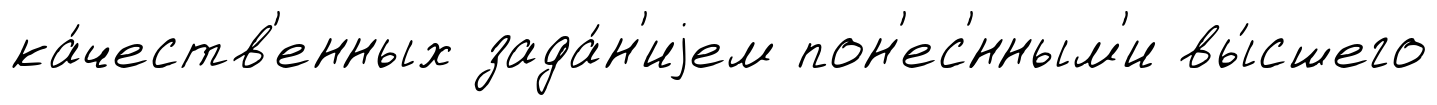
ка́честв'енных зада́н'иjем пон'ес'́нным'и вы́сшего